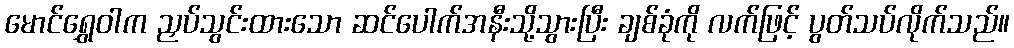
မောင်ရွှေဝါက ညှပ်သွင်းထားသော ဆင်ပေါက်အနီးသို့သွားပြီး ချစ်ခုံကို လက်ဖြင့် ပွတ်သပ်လိုက်သည်။